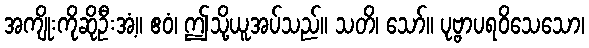
အကျိုးကိုဆိုဦးအံ့။ ဧဝံ၊ ဤသို့ယူအပ်သည်။ သတိ၊ သော်။ ပုဗ္ဗာပရဝိသေသော၊